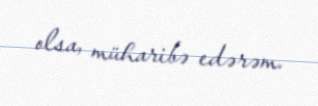
olsa, müharibə edərəm.